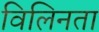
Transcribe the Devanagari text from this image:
विलिनता